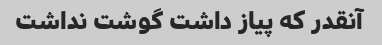
آنقدر که پیاز داشت گوشت نداشت